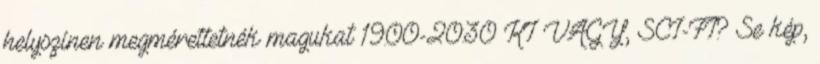
helyszínen megmérettetnék magukat 19:00-20:30 KI VAGY, SCI-FI? Se kép,